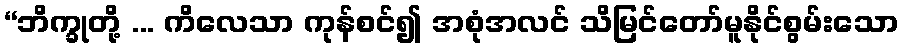
“ဘိက္ခုတို့ ... ကိလေသာ ကုန်စင်၍ အစုံအလင် သိမြင်တော်မူနိုင်စွမ်းသော